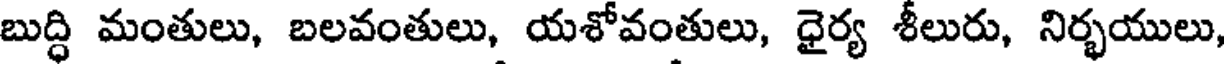
బుద్ధి మంతులు, బలవంతులు, యశోవంతులు, ధైర్య శీలురు, నిర్భయులు,